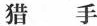
猎手